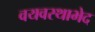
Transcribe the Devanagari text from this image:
वयवस्थाभेद